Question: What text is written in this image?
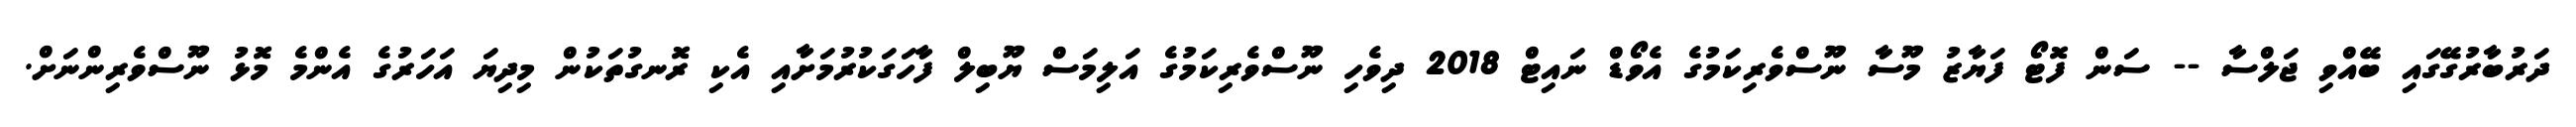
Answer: ދަރުބާރުގޭގައި ބޭއްވި ޖަލްސާ -- ސަން ފޮޓޯ ފަޔާޒު މޫސާ ނޫސްވެރިކަމުގެ އެވޯޑް ނައިޓް 2018 ދިވެހި ނޫސްވެރިކަމުގެ އަލިމަސް ޔޫބިލް ފާހަގަކުރުމަށާއި އެކި ރޮނގުތަކުން މިދިޔަ އަހަރުގެ އެންމެ މޮޅު ނޫސްވެރިންނަށް.